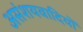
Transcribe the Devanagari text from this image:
असंशयवादियों